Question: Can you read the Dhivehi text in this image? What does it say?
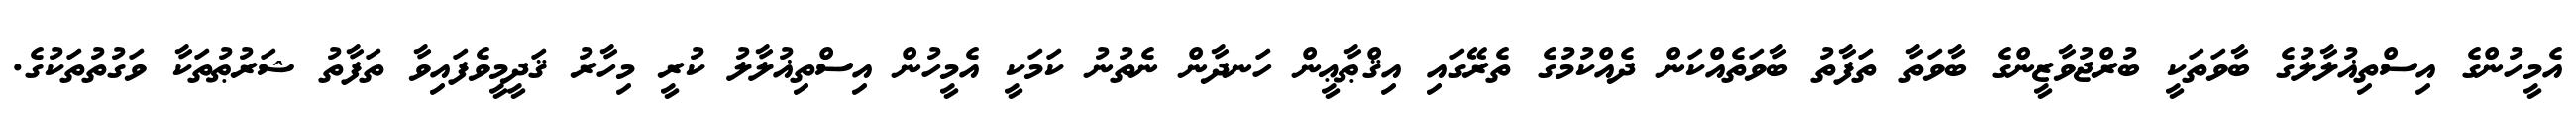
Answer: އެމީހުންގެ އިސްތިޣުލާލުގެ ބާވަތަކީ ބުރްޖުވާޒީންގެ ބާވަތާ ތަފާތު ބާވަތެއްކަން ދެއްކުމުގެ ތެރޭގައި އިޤްޠާޢީން ހަނދާން ނެތުނު ކަމަކީ އެމީހުން އިސްތިޣުލާލު ކުރީ މިހާރު ޤަދީމީވެފައިވާ ތަފާތު ޝަރުޠުތަކާ ވަގުތުތަކުގެ.